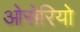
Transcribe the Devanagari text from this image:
ओसेरियो